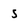
Character: 5